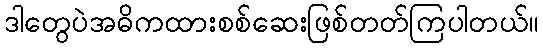
ဒါတွေပဲအဓိကထားစစ်ဆေးဖြစ်တတ်ကြပါတယ်။